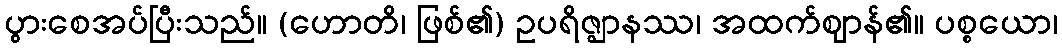
ပွားစေအပ်ပြီးသည်။ (ဟောတိ၊ ဖြစ်၏) ဥပရိဇ္ဈာနဿ၊ အထက်ဈာန်၏။ ပစ္စယော၊